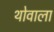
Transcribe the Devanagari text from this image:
थोवाला